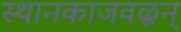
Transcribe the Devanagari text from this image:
स्थानकाजवळून्